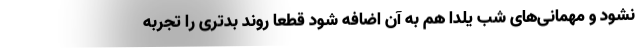
نشود و مهمانی‌های شب یلدا هم به آن اضافه شود قطعا روند بدتری را تجربه